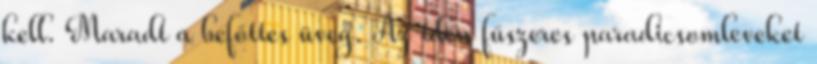
kell. Maradt a befőttes üveg. Az idén fűszeres paradicsomleveket